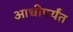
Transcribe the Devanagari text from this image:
आधीपर्यंत